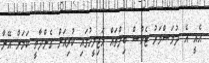
އެއީ އެ ދުވަސްވަރު ޓެކްސް ބިލްތައް މަޖިލީހުގައި ކުރިއަށް ގެންދާތީ ކަމަށް އޭނާ